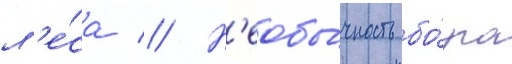
л'е́са // Н'еобы́чность бо́ра